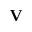
\mathbf { V }